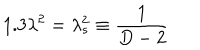
1 . 3 \lambda ^ { 2 } = \lambda _ { s } ^ { 2 } \equiv \frac { 1 } { D - 2 }